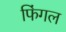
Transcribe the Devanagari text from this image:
फिंगल